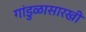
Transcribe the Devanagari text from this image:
गांडुळासारखी